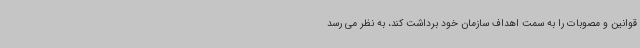
قوانین و مصوبات را به سمت اهداف سازمان خود برداشت کند، به نظر می رسد